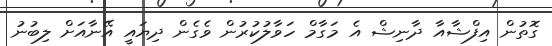
ގޮތުން އިފްޝާއާ ދާނިޝް އެ މަގާމް ހަވާލުކުރުން ވެގެން ދިޔައީ އޭނާއަށް ލިބުނު